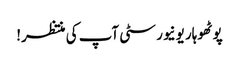
پوٹھوہار یونیورسٹی آپ کی منتظر!